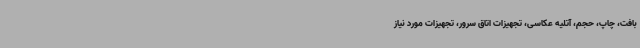
بافت، چاپ، حجم، آتلیه عکاسی، تجهیزات اتاق سرور، تجهیزات مورد نیاز